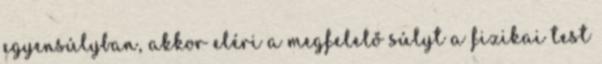
egyensúlyban, akkor eléri a megfelelő súlyt a fizikai test